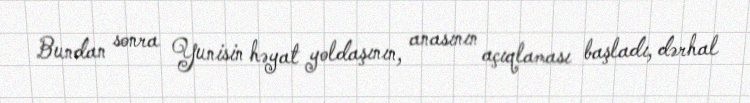
Bundan sonra Yunisin həyat yoldaşının, anasının açıqlaması başladı, dərhal